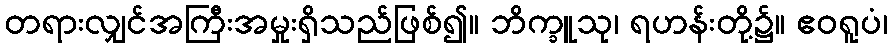
တရားလျှင်အကြီးအမှုးရှိသည်ဖြစ်၍။ ဘိက္ခူသု၊ ရဟန်းတို့၌။ ဧဝရူပံ၊